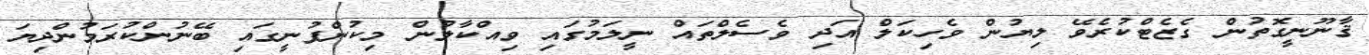
ޤާނޫނީގޮތުން ގެޒެޓްކުރެވޭ ލިޔުން ވެހިކަލް އަދި ވެސެލްތައް ނީލަމުގައި ވިއްކާލުން މިކުންފުނީގައި ބޭނުންކުރަމުންދިޔަ